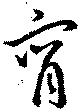
宵